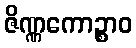
ဇိဏ္ဏကောဉ္စာဝ